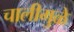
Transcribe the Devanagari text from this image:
चालीमुळे